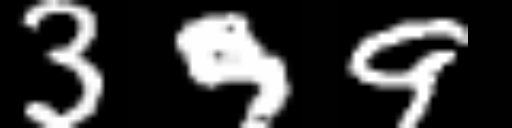
Text: 399